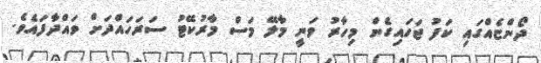
ދޯންޏެއްގައި ކަފު ޖަހައިގެން މިހާރު ވަނީ މާލޭ މަސް މާރުކޭޓު ސަރަހައްދަށް ވައްދާފައެވެ.